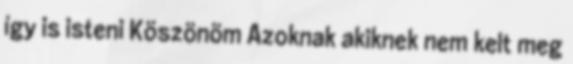
így is isteni Köszönöm Azoknak akiknek nem kelt meg